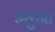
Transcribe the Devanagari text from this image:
सतुआ